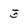
Character: 5